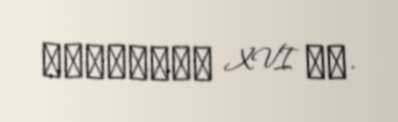
половина XVI вв.